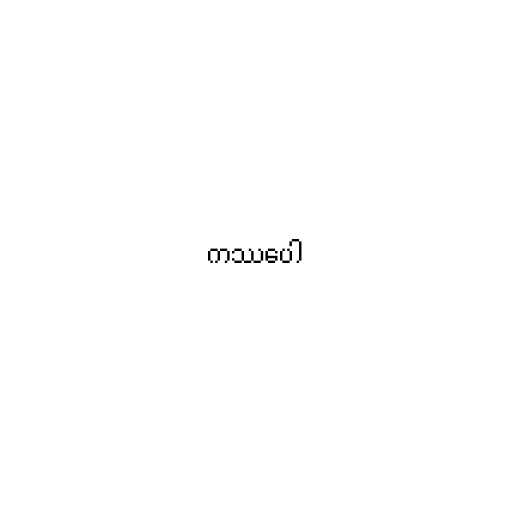
ကဿပေါ